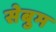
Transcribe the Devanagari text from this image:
सेबुम